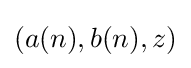
{\textstyle (a(n),b(n),z)}